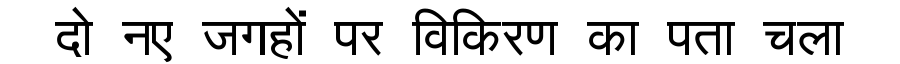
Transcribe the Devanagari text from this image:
दो नए जगहों पर विकिरण का पता चला